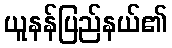
ယူနန်ပြည်နယ်၏